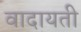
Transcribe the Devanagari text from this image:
वादायती